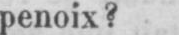
penoix?